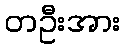
တဦးအား